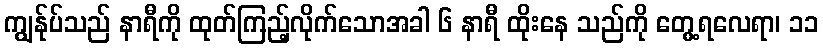
ကျွန်ုပ်သည် နာရီကို ထုတ်ကြည့်လိုက်သောအခါ ၆ နာရီ ထိုးနေ သည်ကို တွေ့ရလေရာ၊ ၁၁